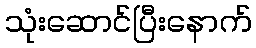
သုံးဆောင်ပြီးနောက်